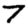
Digit: 7